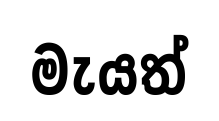
මැයත්